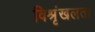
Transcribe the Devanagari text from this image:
विश्रृंखलता